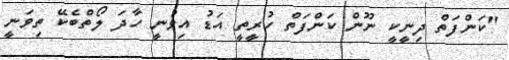
"ކަންފަތް ދިނީކީ ނޫން ކަންފަތް ހުރީތީ އަޑު އިވުނީ ހާދަ ލޯތްބެކޭ ތިވަނީ